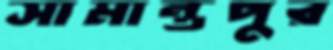
সামান্তপুর